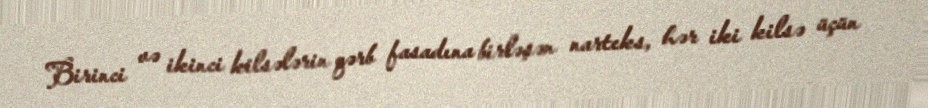
Birinci və ikinci kilsələrin qərb fasadına birləşən narteks, hər iki kilsə üçün